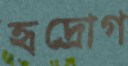
হৃদ্‌রোগ